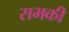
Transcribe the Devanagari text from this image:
सभकी